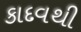
કાદવથી